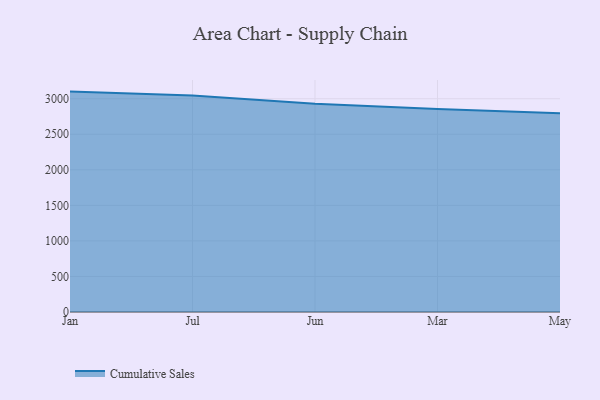
{"axis": {"x": "Month", "y": "Operating Costs (USD K)"}, "legend": ["Cumulative Sales"], "data": [{"x": "Jan", "y": 3100.4, "type": "Cumulative Sales"}, {"x": "Jul", "y": 3046.1, "type": "Cumulative Sales"}, {"x": "Jun", "y": 2930.4, "type": "Cumulative Sales"}, {"x": "Mar", "y": 2855.2, "type": "Cumulative Sales"}, {"x": "May", "y": 2796.6, "type": "Cumulative Sales"}]}